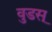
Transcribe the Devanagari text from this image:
वुडस्